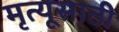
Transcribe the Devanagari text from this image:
मृत्यूसाठी